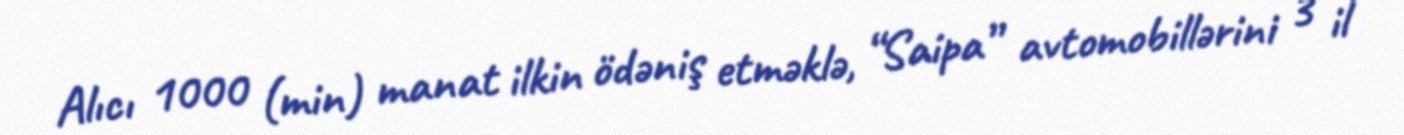
Alıcı 1000 (min) manat ilkin ödəniş etməklə, “Saipa” avtomobillərini 3 il